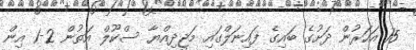
15 އަހަރުން ދަށުގެ ބައިގެ ފައިނަލްގައި މަޖީދިއްޔާ ސްކޫލް އަތުން 2-1 އިން